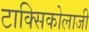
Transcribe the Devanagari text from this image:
टाक्सिकोलाजी